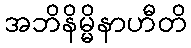
အဘိနိမ္မိနာဟီတိ